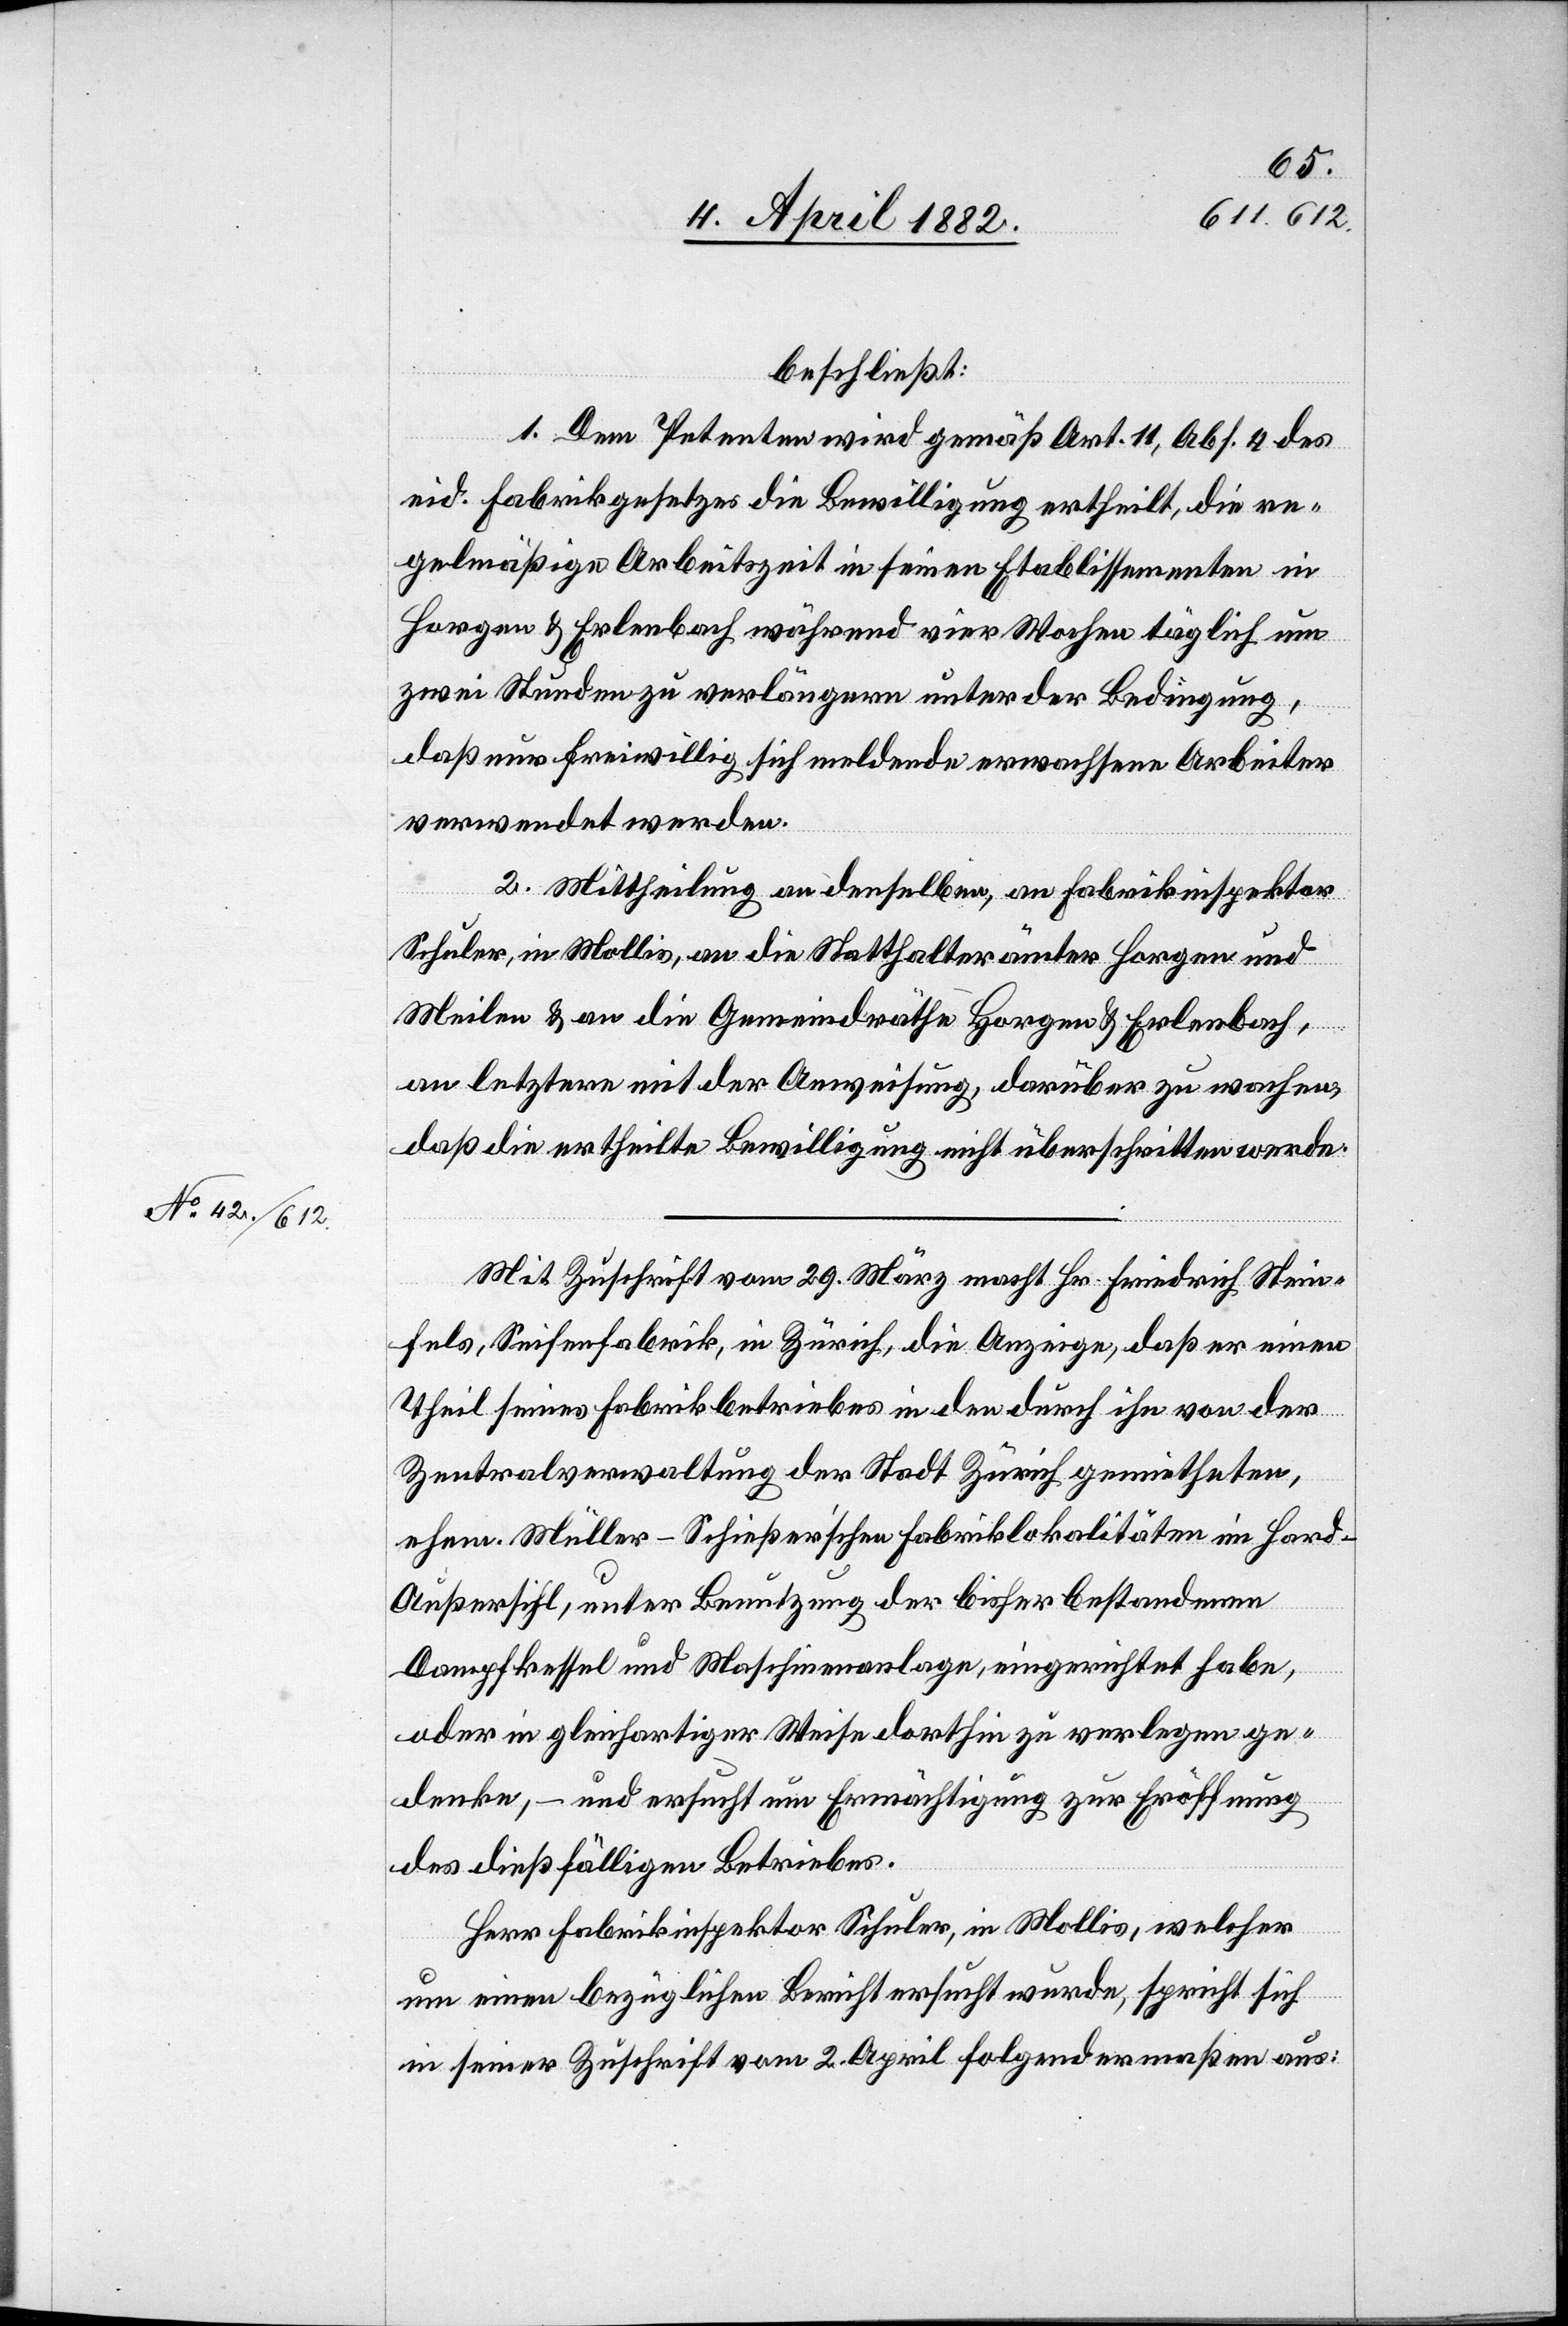
beschließt:
1. Dem Petenten wird gemäß Art. 11, Abs. 4 des
eid. Fabrikgesetzes die Bewilligung ertheilt, die re¬
gelmäßige Arbeitszeit in seinen Etablissementen in
Horgen & Erlenbach während vier Wochen täglich um
zwei Stunden zu verlängern unter der Bedingung,
daß nur freiwillig sich meldende erwachsene Arbeiter
verwendet werden.
2. Mittheilung an denselben, an Fabrikinspektor
Schuler, in Mollis, an die Statthalterämter Horgen und
Meilen & an die Gemeindräthe Horgen & Erlenbach,
an letztere mit der Anweisung, darüber zu wachen,
daß die ertheilte Bewilligung nicht überschritten werde.
Mit Zuschrift vom 29. März macht Hr. Friedrich Stein¬
fels, Seifenfabrik, in Zürich, die Anzeige, daß er einen
Theil seines Fabrikbetriebes in den durch ihn von der
Zentralverwaltung der Stadt Zürich gemietheten,
ehem. Müller-Schießer’schen Fabriklokalitäten im Hard -
Außersihl, unter Benutzung der bisher bestandenen
Dampfkessel und Maschinenanlage, eingerichtet habe,
oder in gleichartiger Weise dorthin zu verlegen ge¬
denke, – und ersucht um Ermächtigung zur Eröffnung
des dießfälligen Betriebes.
Herr Fabrikinspektor Schuler, in Mollis, welcher
um einen bezüglichen Bericht ersucht wurde, spricht sich
in seiner Zuschrift vom 2. April folgendermaßen aus: